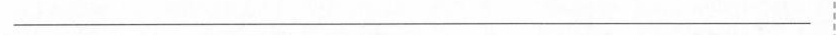
___